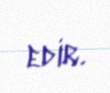
edir.